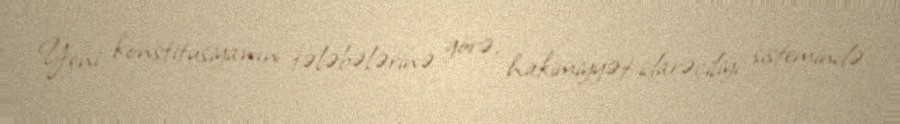
Yeni konstitusiyanın tələbələrinə görə, hakimiyyət idarəçiliyi sistemində